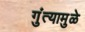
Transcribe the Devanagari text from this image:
गुंत्यामुळे